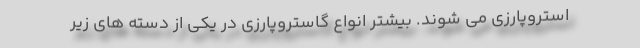
استروپارزی می شوند. بیشتر انواع گاستروپارزی در یکی از دسته های زیر